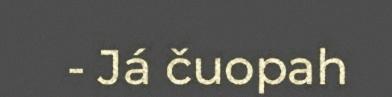
- Já čuopah